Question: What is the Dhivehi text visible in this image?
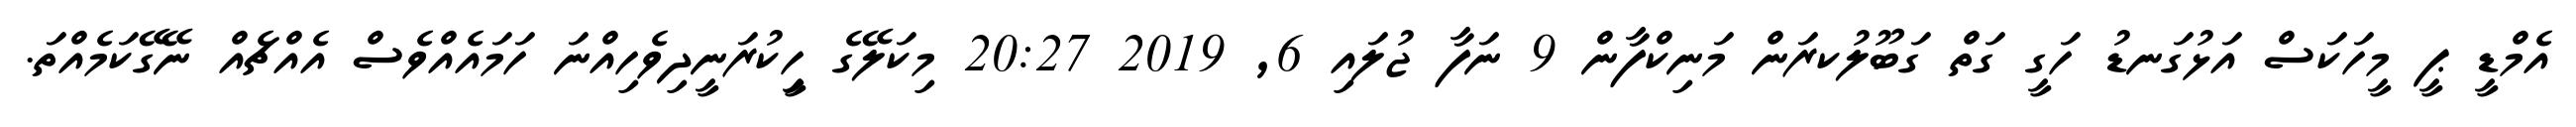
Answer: އެމްޑީ ޕީ މީހަކަސް އަޅުގަނޑު ހަގީ ގަތް ގަބޫލުކރަން މަނިކްފާން 9 ނަފާ ޖުލައި 6, 2019 20:27 މިކަލޭގެ ހީިކުރަނީދިވެހިއްނަ ހަމައެއްވެސް އެއްޗެއް ނޭގޭކަމެއްތަ.